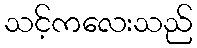
သင့်ကလေးသည်